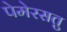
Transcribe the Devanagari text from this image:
पेमेरसतु